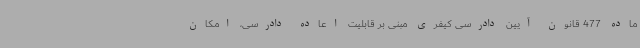
ماده 477 قانون آیین دادرسی کیفری مبنی بر قابلیت اعاده دادرسی، امکان